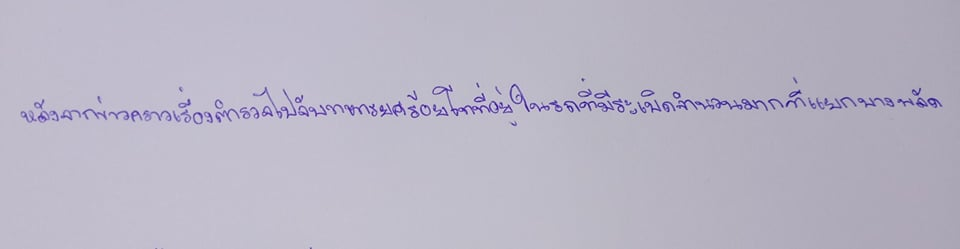
หลังจากข่าวคราวเรื่องตำรวจไปจับทหารยศร้อยโทที่อยู่ในรถที่มีระเบิดจำนวนมากที่แยกบางพลัด